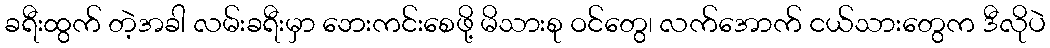
ခရီးထွက် တဲ့အခါ လမ်းခရီးမှာ ဘေးကင်းစေဖို့ မိသားစု ဝင်တွေ၊ လက်အောက် ငယ်သားတွေက ဒီလိုပဲ